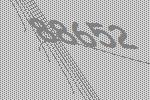
88652